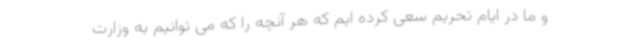
و ما در ایام تحریم سعی کرده ایم که هر آنچه را که می توانیم به وزارت